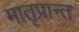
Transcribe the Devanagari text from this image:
मातृप्रान्त